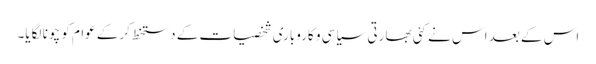
اس کے بعد اس نے کئی بھارتی سیاسی و کاروباری شخصیات کے دستخط کرکے عوام کو چونا لگایا۔